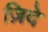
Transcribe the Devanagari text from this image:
ज़िदे